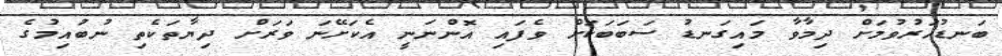
ބަނޑުހަރުވުމަށް ދިމާވާ މައިގަނޑު ސަބަބަކަށް ވެފައި އޮންނަނީ އެކަށޭނަ ވަރަށް ދިޔާތަކެތި ނުބުއިމުގެ